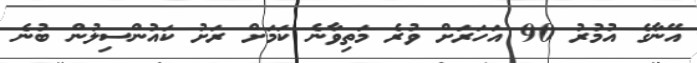
އޭނާގެ އުމުރު 90 އަހަރަށް ވުރެ މަތިވާނެ ކަމަށް ރަށު ކައުންސިލުން ބުނެ